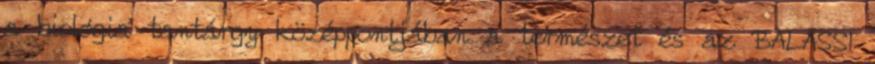
a biológia tantárgy középpontjában a természet és az BALASSI